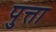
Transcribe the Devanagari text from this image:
पुत्ता